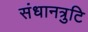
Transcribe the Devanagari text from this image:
संधानत्रुटि